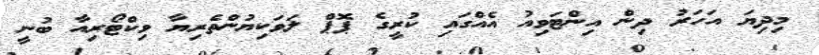
މިދިޔަ އަހަރު ދިން އިންޓަވިއު އެއްގައި ކުރީގެ ޕޮޕް ލަވަކިޔުންތެރިޔާ ވިކްޓޯރިއާ ބުނީ